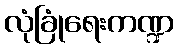
လုံခြုံရေးကဏ္ဍ